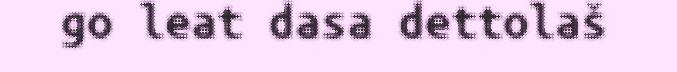
go leat dasa dettolaš